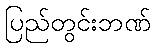
ပြည်တွင်းဘဏ်